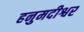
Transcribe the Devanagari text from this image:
हनुमदीश्वर